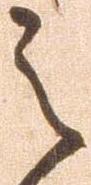
之